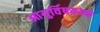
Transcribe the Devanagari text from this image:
आयुर्विषययक